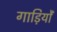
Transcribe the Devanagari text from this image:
गाड़ियोँ